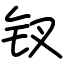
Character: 钗